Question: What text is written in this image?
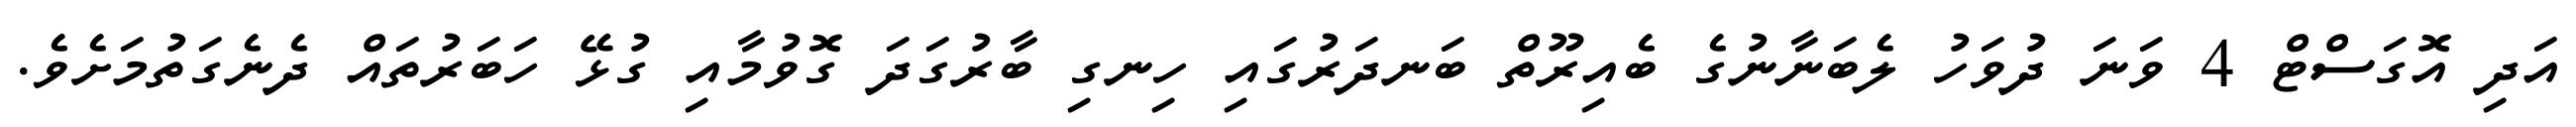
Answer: އަދި އޮގަސްޓް 4 ވަނަ ދުވަހު ލެބަނާނުގެ ބެއިރޫތް ބަނދަރުގައި ހިނގި ބާރުގަދަ ގޮވުމާއި ގުޅޭ ހަބަރުތައް ދެނެގަތުމަށެވެ.